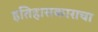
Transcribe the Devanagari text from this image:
इतिहासकाराचा